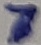
Text: 7